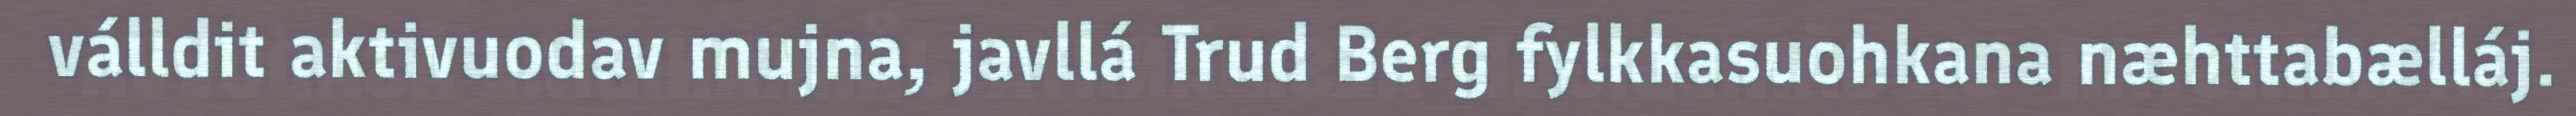
válldit aktivuodav mujna, javllá Trud Berg fylkkasuohkana næhttabælláj.